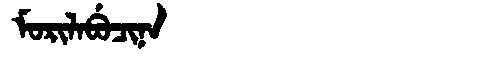
Manchu: ᠮᠣᡵᡳᠯᠠᠪᡠᠴᡳᠨᠠ
Romanization: MORILABUCINA